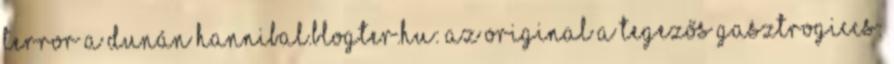
Terror a Dunán hannibal.blogter.hu: az original a tegezős gasztrogiccs: